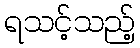
ရသင့်သည့်